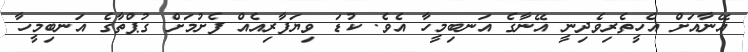
އޭނާއަށް އެހީތެރިވެދިނީ އޭނާގެ އަނބިމީހާ އެވެ. ކުޑަ ވިޔަފާރިއެއް ފެށުމަށް ގުޕްތާގެ އަނބިމީހާ